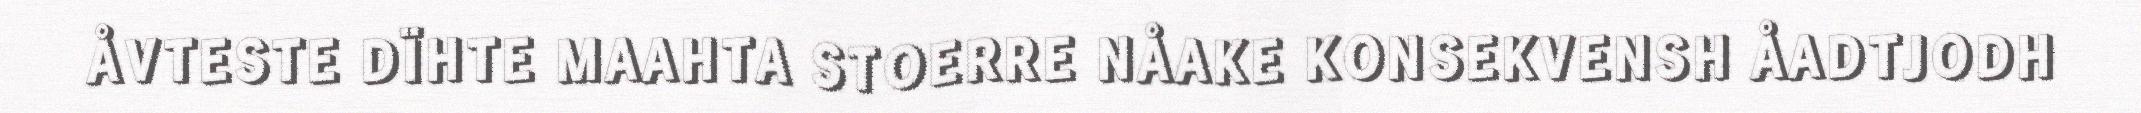
ÅVTESTE DÏHTE MAAHTA STOERRE NÅAKE KONSEKVENSH ÅADTJODH